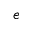
e